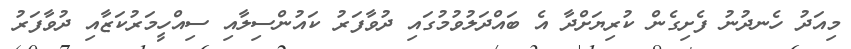
މިއަދު ހެނދުނު ފެށިގެން ކުރިޔަށްދާ އެ ބައްދަލުވުމުގައި ދުވާފަރު ކައުންސިލާއި ސިއްހީމަރުކަޒާއި ދުވާފަރު